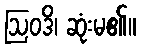
ဩဝဒိ၊ ဆုံးမ၏။